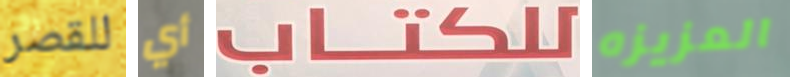
للقصر أي للكتاب العزيزه